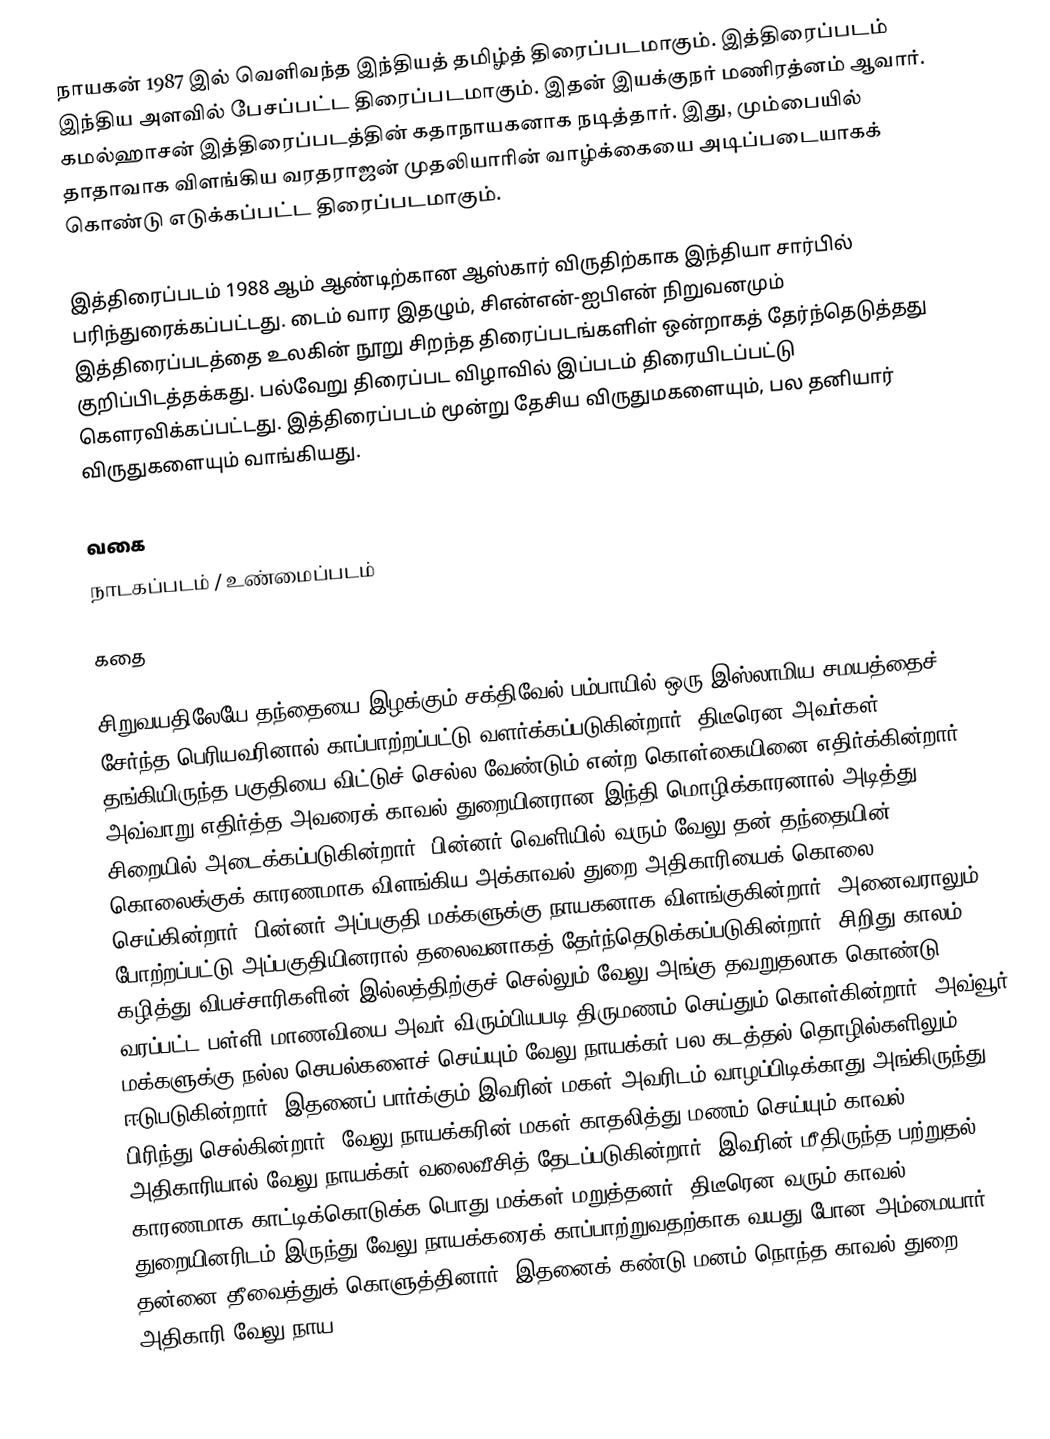
நாயகன் 1987 இல் வெளிவந்த இந்தியத் தமிழ்த் திரைப்படமாகும். இத்திரைப்படம் இந்திய அளவில் பேசப்பட்ட திரைப்படமாகும். இதன் இயக்குநர் மணிரத்னம் ஆவார். கமல்ஹாசன் இத்திரைப்படத்தின் கதாநாயகனாக நடித்தார். இது, மும்பையில் தாதாவாக விளங்கிய வரதராஜன் முதலியாரின் வாழ்க்கையை அடிப்படையாகக் கொண்டு எடுக்கப்பட்ட திரைப்படமாகும்.

இத்திரைப்படம் 1988 ஆம் ஆண்டிற்கான ஆஸ்கார் விருதிற்காக இந்தியா சார்பில் பரிந்துரைக்கப்பட்டது. டைம் வார இதழும், சிஎன்என்-ஐபிஎன் நிறுவனமும் இத்திரைப்படத்தை உலகின் நூறு சிறந்த திரைப்படங்களிள் ஒன்றாகத் தேர்ந்தெடுத்தது குறிப்பிடத்தக்கது. பல்வேறு திரைப்பட விழாவில் இப்படம் திரையிடப்பட்டு கௌரவிக்கப்பட்டது. இத்திரைப்படம் மூன்று தேசிய விருதுமகளையும், பல தனியார் விருதுகளையும் வாங்கியது.

வகை
நாடகப்படம் / உண்மைப்படம்

கதை

சிறுவயதிலேயே தந்தையை இழக்கும் சக்திவேல் பம்பாயில் ஒரு இஸ்லாமிய சமயத்தைச் சேர்ந்த பெரியவரினால் காப்பாற்றப்பட்டு வளர்க்கப்படுகின்றார். திடீரென அவர்கள் தங்கியிருந்த பகுதியை விட்டுச் செல்ல வேண்டும் என்ற கொள்கையினை எதிர்க்கின்றார். அவ்வாறு எதிர்த்த அவரைக் காவல் துறையினரான இந்தி மொழிக்காரனால் அடித்து சிறையில் அடைக்கப்படுகின்றார். பின்னர் வெளியில் வரும் வேலு தன் தந்தையின் கொலைக்குக் காரணமாக விளங்கிய அக்காவல் துறை அதிகாரியைக் கொலை செய்கின்றார். பின்னர் அப்பகுதி மக்களுக்கு நாயகனாக விளங்குகின்றார். அனைவராலும் போற்றப்பட்டு அப்பகுதியினரால் தலைவனாகத் தேர்ந்தெடுக்கப்படுகின்றார். சிறிது காலம் கழித்து விபச்சாரிகளின் இல்லத்திற்குச் செல்லும் வேலு அங்கு தவறுதலாக கொண்டு வரப்பட்ட பள்ளி மாணவியை அவர் விரும்பியபடி திருமணம் செய்தும் கொள்கின்றார். அவ்வூர் மக்களுக்கு நல்ல செயல்களைச் செய்யும் வேலு நாயக்கர் பல கடத்தல் தொழில்களிலும் ஈடுபடுகின்றார். இதனைப் பார்க்கும் இவரின் மகள் அவரிடம் வாழப்பிடிக்காது அங்கிருந்து பிரிந்து செல்கின்றார். வேலு நாயக்கரின் மகள் காதலித்து மணம் செய்யும் காவல் அதிகாரியால் வேலு நாயக்கர் வலைவீசித் தேடப்படுகின்றார். இவரின் மீதிருந்த பற்றுதல் காரணமாக காட்டிக்கொடுக்க பொது மக்கள் மறுத்தனர். திடீரென வரும் காவல் துறையினரிடம் இருந்து வேலு நாயக்கரைக் காப்பாற்றுவதற்காக வயது போன அம்மையார் தன்னை தீவைத்துக் கொளுத்தினார். இதனைக் கண்டு மனம் நொந்த காவல் துறை அதிகாரி வேலு நாய